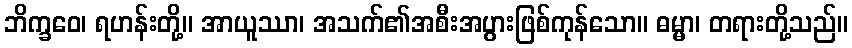
ဘိက္ခဝေ၊ ရဟန်းတို့။ အာယူဿာ၊ အသက်၏အစီးအပွားဖြစ်ကုန်သော။ ဓမ္မာ၊ တရားတို့သည်။